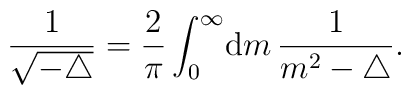
\frac{1}{\sqrt{-\triangle}}=\frac{2}{\pi}\int_{0}^{\infty}\! {{\mathrm d} }m \, \frac{1}{m^2-\triangle}.